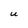
Character: U